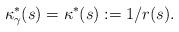
LaTeX: \begin{align*}\kappa_\gamma^*(s) = \kappa^*(s) := 1/r(s).\end{align*}